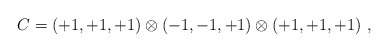
\begin{align*}C=(+1, +1, +1) \otimes (-1, -1, +1) \otimes (+1, +1, +1)~,~\,\end{align*}